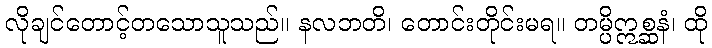
လိုချင်တောင့်တသောသူသည်။ နလဘတိ၊ တောင်းတိုင်းမရ။ တမ္ပိဣစ္ဆနံ၊ ထို